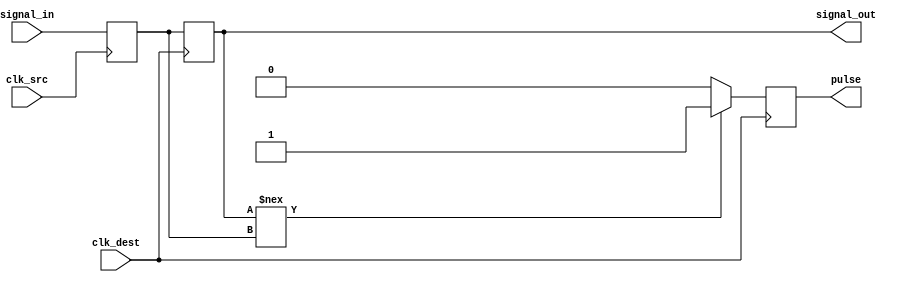
module pulsed_synchronizer #(
    parameter WIDTH = 1 // Width of the input signal
)(
    input  wire [WIDTH-1:0]  signal_in,    // Input signal to be synchronized
    input  wire              clk_src,       // Source clock
    input  wire              clk_dest,      // Destination clock
    output reg  [WIDTH-1:0]  signal_out,    // Synchronized output signal
    output reg               pulse           // Pulse signal indicating capture
);

    // Intermediate signal after the first flip-flop
    reg [WIDTH-1:0] sync_reg;

    // First stage: Flip-flop in the source clock domain
    always @(posedge clk_src) begin
        sync_reg <= signal_in; // Capture the input signal
    end

    // Second stage: Flip-flop in the destination clock domain
    always @(posedge clk_dest) begin
        signal_out <= sync_reg; // Transfer the synchronized signal to the destination domain
        
        // Generate a pulse when the synchronized signal changes
        if (signal_out !== sync_reg) begin
            pulse <= 1'b1; // Set pulse high
        end else begin
            pulse <= 1'b0; // Set pulse low
        end
    end

endmodule